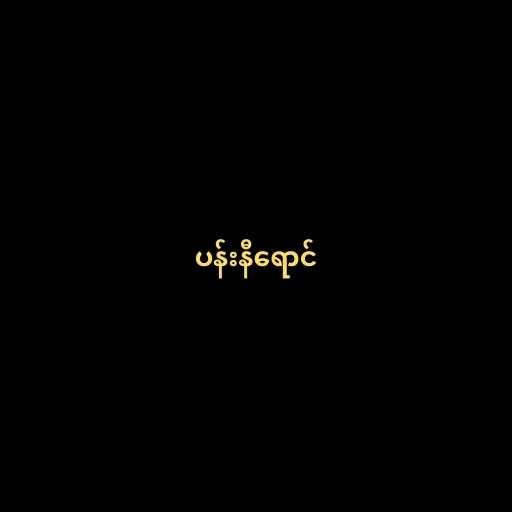
ပန်းနီရောင်